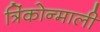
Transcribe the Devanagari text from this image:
त्रिंकोन्माली